Materia medica of Madras volume I
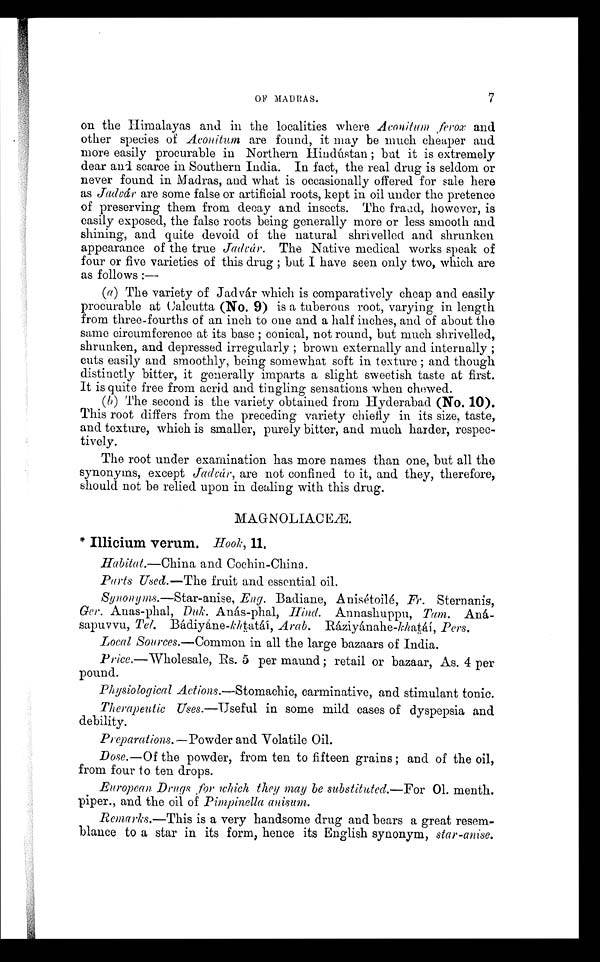
7
OF MADRAS.
on the Himalayas and in the localities where Aconitum ferox and
other species of Aconitum are found, it may be much cheaper and
more easily procurable in Northern Hindústan ; but it is extremely
dear and scarce in Southern India. In fact, the real drug is seldom or
never found in Madras, and what is occasionally offered for sale here
as Jaduár are some false or artificial roots, kept in oil under the pretence
of preserving them from decay and insects. The fraud, however, is
easily exposed, the false roots being generally more or less smooth and
shining, and quite devoid of the natural shrivelled and shrunken
appearance of the true Jadcár. The Native medical works speak of
four or five varieties of this drug ; but I have seen only two, which are
as follows : -
(a) The variety of Jadvár which is comparatively cheap and easily
procurable at Calcutta (No. 9) is a tuberous root, varying in length
from three-fourths of an inch to one and a half inches, and of about the
same circumference at its base ; conical, not round, but much shrivelled,
shrunken, and depressed irregularly ; brown externally and internally ;
cuts easily and smoothly, being somewhat soft in texture ; and though
distinctly bitter, it generally imparts a slight sweetish taste at first.
It is quite free from acrid and tingling sensations when chewed.
(b) The second is the variety obtained from Hyderabad (No. 10).
This root differs from the preceding variety chiefly in its size, taste,
and texture, which is smaller, purely bitter, and much harder, respec-
tively.
The root under examination has more names than one, but all the
synonyms, except Jadcár, are not confined to it, and they, therefore,
should not be relied upon in dealing with this drug.
MAGNOLIACEÆ.
Illicium verum. Hook, 11.
Habitat.—China and Cochin-China.
Parts Used.—The fruit and essential oil.
Synonyms.—Star- anise, Eng. Badiane, Anisétoilé, Fr. Sternanis,
Ger. Anas-phal, Duk. Anás-phal, Hind. Annashuppu, Tam. Aná-
sapuvvu, Tel. Bádiyáne -khtatái, Arab. Ráziyánahe -khatáí, Pers.
Local Sources.—Common in all the large bazaars of India.
Price.—Wholesale, Rs. 5 per maund ; retail or bazaar, As. 4 per
pound.
Physiological Actions.—Stomachic, carminative, and stimulant tonic.
Therapeutic Uses.—Useful in some mild cases of dyspepsia and
debility.
Preparations. —Powder and. Volatile Oil.
Dose.—Of the powder, from ten to fifteen grains ; and of the oil,
from four to ten drops.
European. Drugs for which they may be substituted.—For 01. menth.
piper., and the oil of Pimpinella anisum.
Remarks.—This is a very handsome drug and bears a great resem-
blance to a star in its form, hence its English synonym, star-anise.